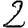
Digit: 2